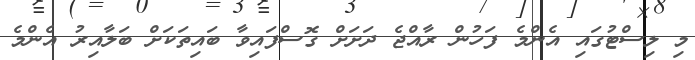
މި ލިސްޓުގައި އެންމެ ފަހުން ރާއްޖެ ދަށަށް ގޮސްފައިވާ ބައިތަކަށް ބަލާއިރު އެންމެ